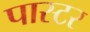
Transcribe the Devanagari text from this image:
पास्‍टर